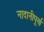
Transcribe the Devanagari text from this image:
नादानीपूर्ण